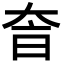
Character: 𡘐